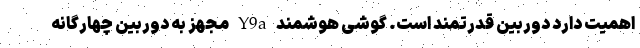
اهمیت دارد دوربین قدرتمند است. گوشی هوشمند Y9a مجهز به دوربین چهارگانه